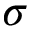
\sigma